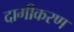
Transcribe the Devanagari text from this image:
दागीकरण